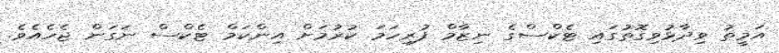
އަމީތު ވިދާޅުވިގޮތުގައި ޓެކްސްގެ ނިޒާމް ފުރިހަމަ ކުރުމަށް އިންކަމް ޓެކްސް ނަގަން ޖެހެއެވެ.